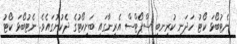
ނެޓުބޯޅަ ކޯޓު ހަދަނީ ކުރިނބީ ސްޕޯޓްސް އެރީނާގައި ބަށިކޯޓުގެ ދެކުނުގައެވެ. ނެޓުބޯޅަ ކޯޓު